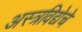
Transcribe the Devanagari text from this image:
अस्त्रविद्येचे